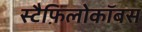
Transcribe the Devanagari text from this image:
स्टैफ़िलोकॉबस